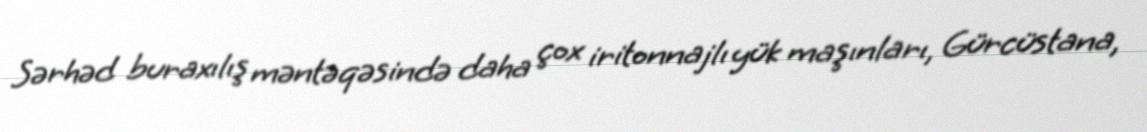
Sərhəd buraxılış məntəqəsində daha çox iritonnajlı yük maşınları, Gürcüstana,